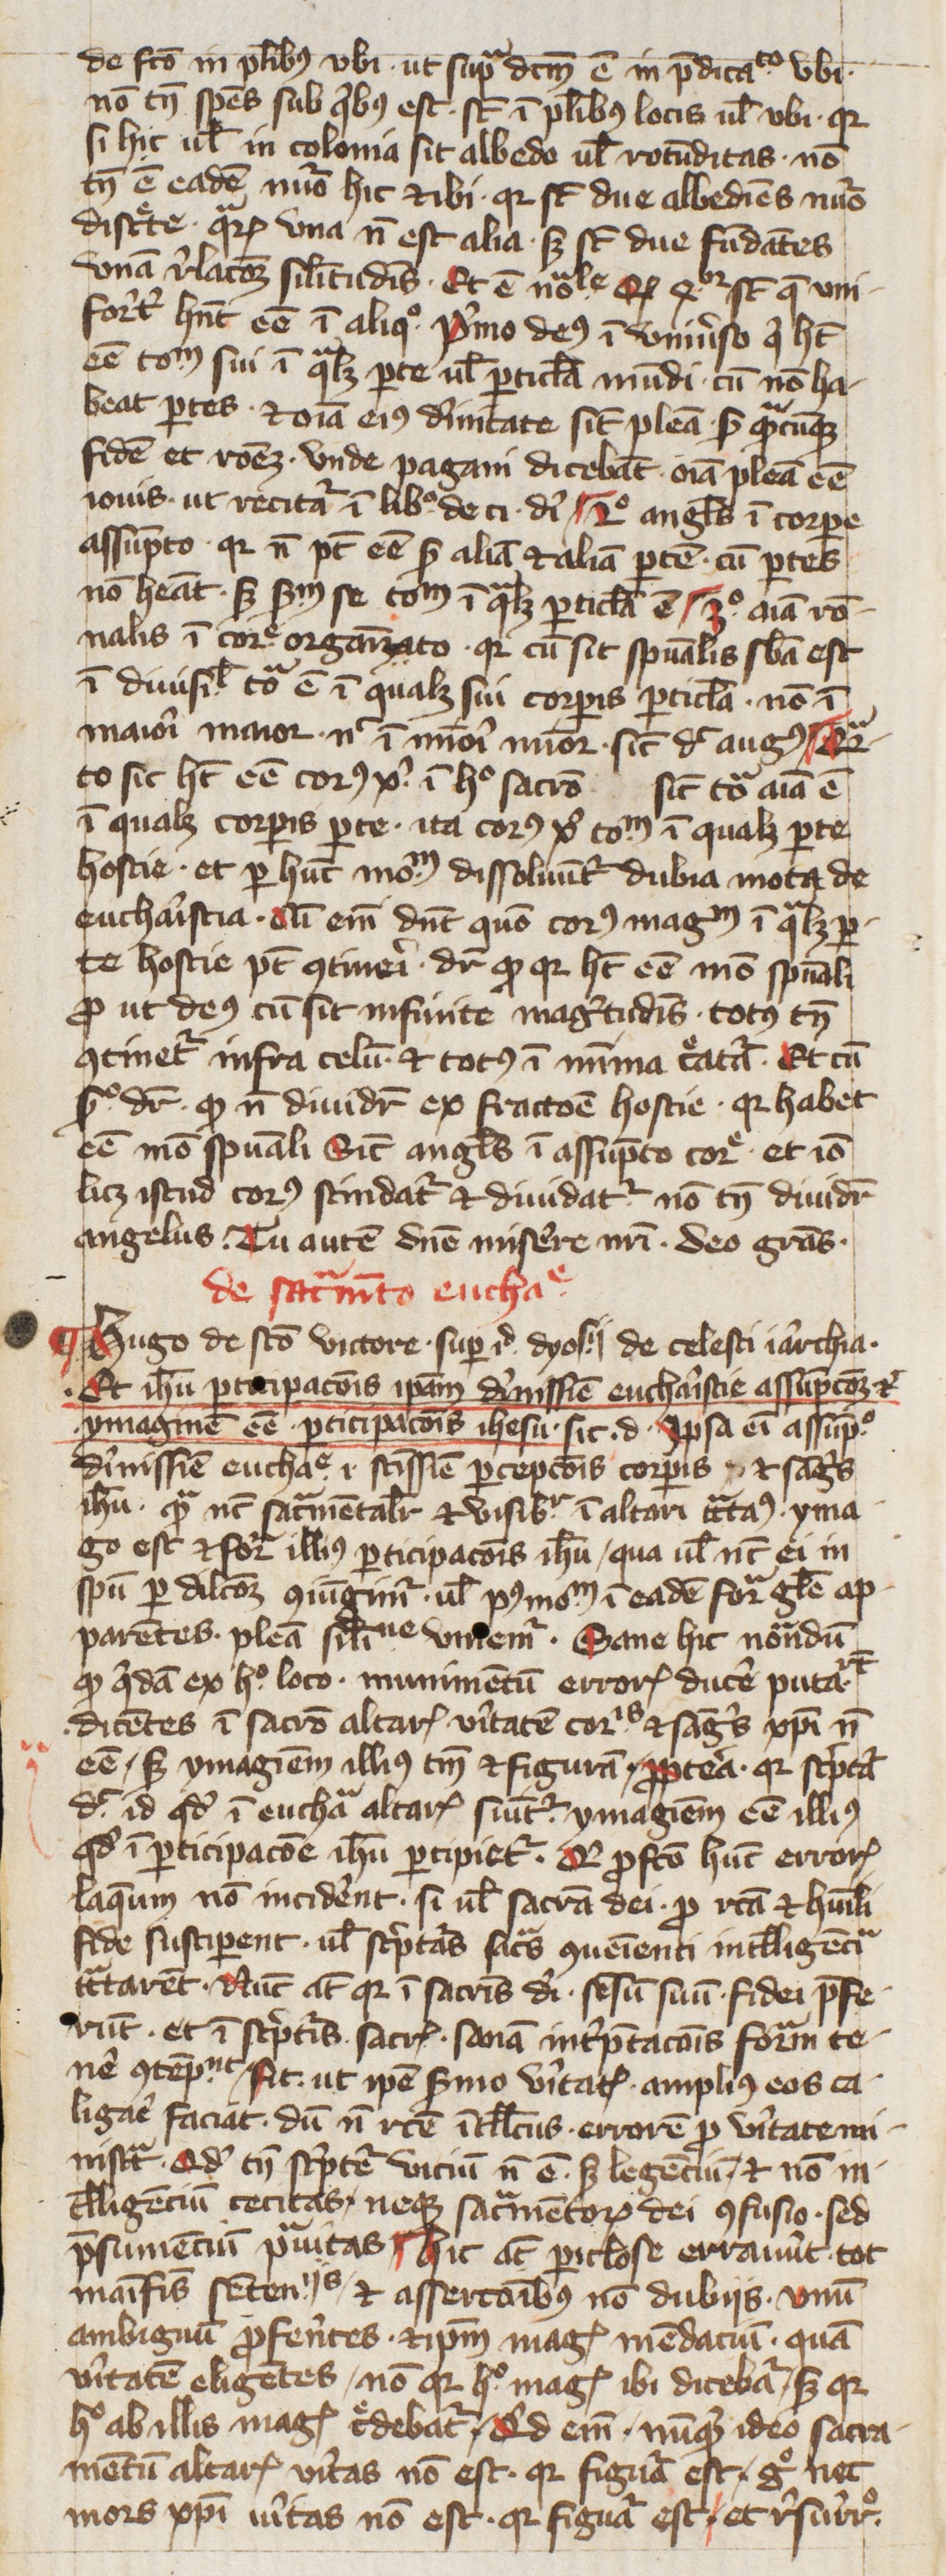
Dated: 1400–1424